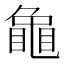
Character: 𮯟